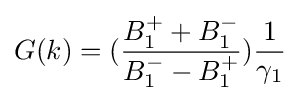
G(k)=({\frac {B_{1}^{+}+B_{1}^{-}}{B_{1}^{-}-B_{1}^{+}}}){\frac {1}{\gamma _{1}}}